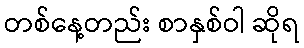
တစ်နေ့တည်း စာနှစ်ဝါ ဆိုရ